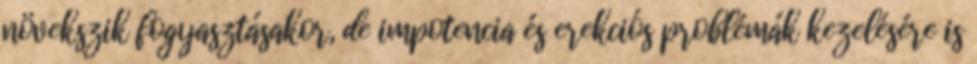
növekszik fogyasztásakor, de impotencia és erekciós problémák kezelésére is